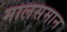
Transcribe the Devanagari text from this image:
मालसमान